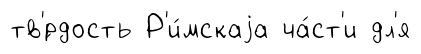
тв'́рдость Р'и́мскаjа ча́ст'и дл'я